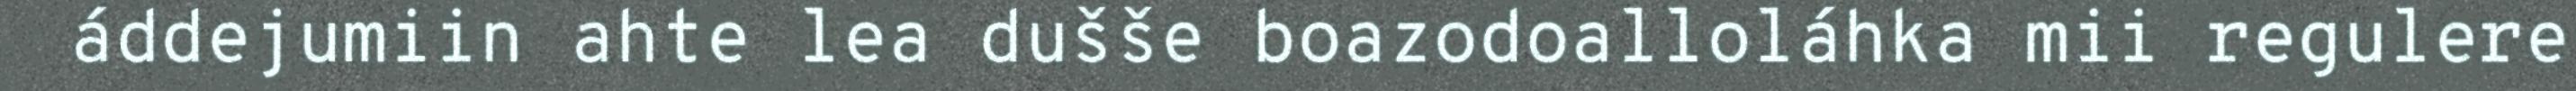
áddejumiin ahte lea dušše boazodoalloláhka mii regulere